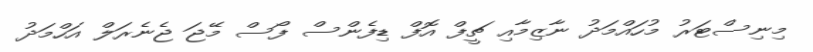
މިނިސްޓަރު މުހައްމަދު ނާޒިމާއި ޗީފް އޮފް ޑިފެންސް ފޯސް މޭޖަ ޖެނެރަލް އަހްމަދު